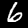
Label: 6